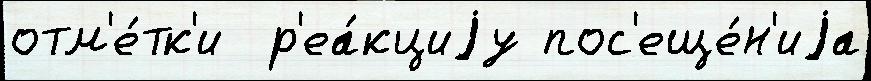
отм'е́тк'и  р'еа́кциjу пос'еще́н'иjа